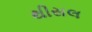
થીસલ